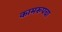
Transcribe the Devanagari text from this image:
कामरूपचा